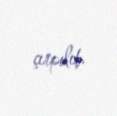
çırpılıb.